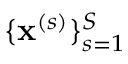
\{ \mathbf { x } ^ { ( s ) } \} _ { s = 1 } ^ { S }